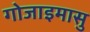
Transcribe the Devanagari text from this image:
गोजाइमासु